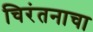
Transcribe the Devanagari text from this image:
चिरंतनाचा